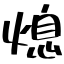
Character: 熄